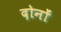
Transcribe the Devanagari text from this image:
दोनोंं